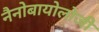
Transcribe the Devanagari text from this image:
नैनोबायोलोजी